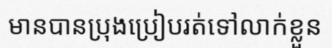
មានបានប្រុងប្រៀបរត់ទៅលាក់ខ្លួន